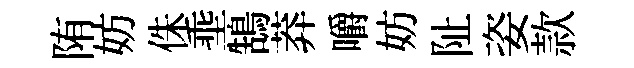
陏妨侏埀鵠莽嚼妨阯姿款